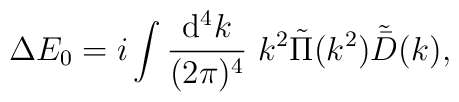
\Delta E_{0}= i\int{{\rm d}^{4}k\over (2\pi)^{4}}\ k^{2}\tilde{\Pi}(k^{2})\tilde{\bar{D}}(k),